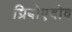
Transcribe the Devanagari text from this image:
ग्रिबोएदोव